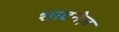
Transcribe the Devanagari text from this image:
शाटनेज़